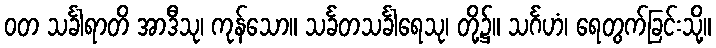
ဝတ သင်္ခါရာတိ အာဒီသု၊ ကုန်သော။ သင်္ခတသင်္ခါရေသု၊ တို့၌။ သင်္ဂဟံ၊ ရေတွက်ခြင်းသို့။